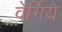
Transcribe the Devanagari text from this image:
वेर्गिये